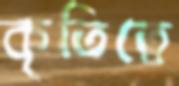
কৃতিত্বে